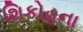
શિકોહના